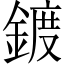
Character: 鍍